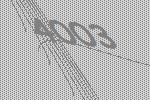
4003